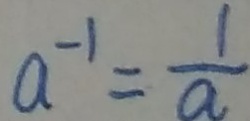
a ^ { - 1 } = \frac { 1 } { a }